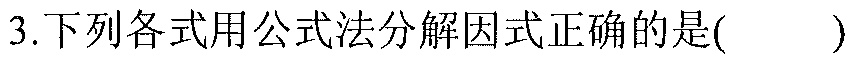
3.下列各式用公式法分解因式正确的是( )